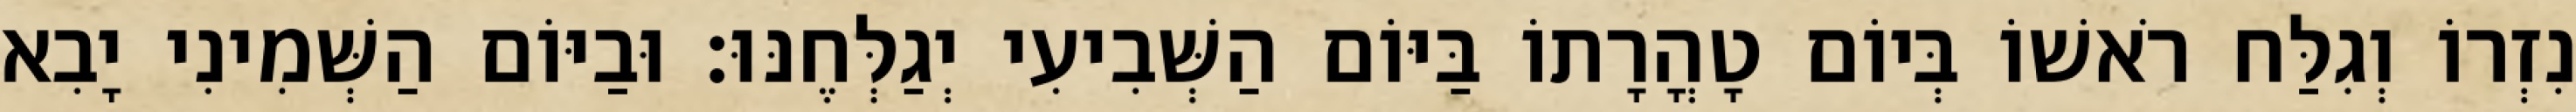
נִזְרוֹ וְגִלַּח רֹאשׁוֹ בְּיוֹם טָהֳרָתוֹ בַּיּוֹם הַשְּׁבִיעִי יְגַלְּחֶנּוּ׃ וּבַיּוֹם הַשְּׁמִינִי יָבִא